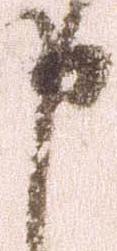
申